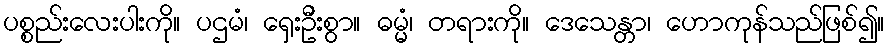
ပစ္စည်းလေးပါးကို။ ပဌမံ၊ ရှေးဦးစွာ။ ဓမ္မံ၊ တရားကို။ ဒေသေန္တာ၊ ဟောကုန်သည်ဖြစ်၍။